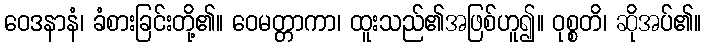
ဝေဒနာနံ၊ ခံစားခြင်းတို့၏။ ဝေမတ္တာကာ၊ ထူးသည်၏အဖြစ်ဟူ၍။ ဝုစ္စတိ၊ ဆိုအပ်၏။